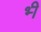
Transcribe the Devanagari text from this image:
भ्‍ी